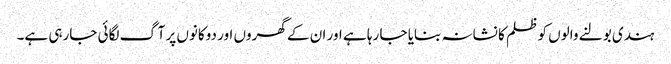
ہندی بولنے والوں کو ظلم کا نشانہ بنایا جا رہا ہے اور ان کے گھروں اور دوکانوں پر آگ لگائی جارہی ہے۔